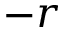
- \boldsymbol { r }